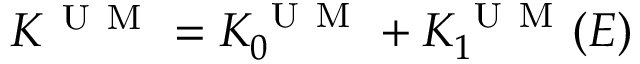
K ^ { \mathrm { ~ U ~ M ~ } } = K _ { 0 } ^ { \mathrm { ~ U ~ M ~ } } + K _ { 1 } ^ { \mathrm { ~ U ~ M ~ } } ( E )